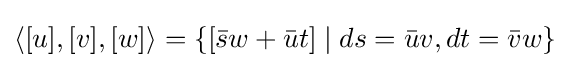
\langle [u],[v],[w]\rangle =\{[{\bar {s}}w+{\bar {u}}t]\mid ds={\bar {u}}v,dt={\bar {v}}w\}